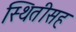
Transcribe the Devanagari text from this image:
स्थितीसह